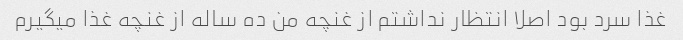
غذا سرد بود اصلا انتظار نداشتم از غنچه من ده ساله از غنچه غذا میگیرم